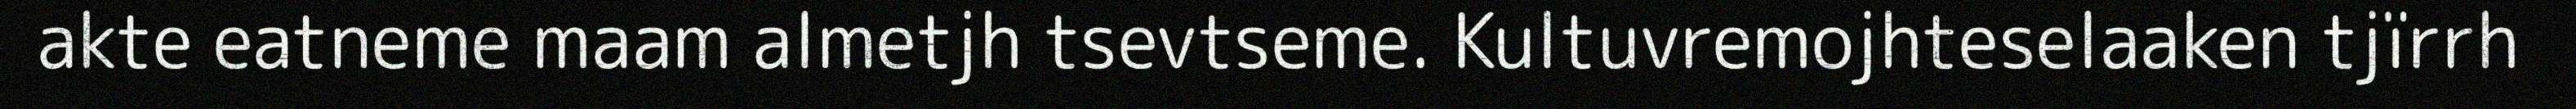
akte eatneme maam almetjh tsevtseme. Kultuvremojhteselaaken tjïrrh